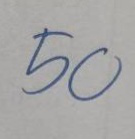
50